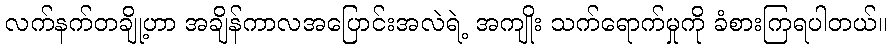
လက်နက်တချို့ဟာ အချိန်ကာလအပြောင်းအလဲရဲ့ အကျိုး သက်ရောက်မှုကို ခံစားကြရပါတယ်။